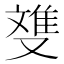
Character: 﨎